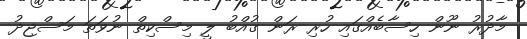
މާދުރު ނޫން ހިސާބެއްގައި ހުރި ރަން ގުއްބު ލީ މިސްކިތް ނުވަތަ މަސްޖިދު